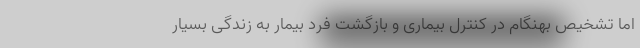
اما تشخیص بهنگام در کنترل بیماری و بازگشت فرد بیمار به زندگی بسیار